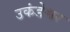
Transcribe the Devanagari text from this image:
उकंडेश्वर